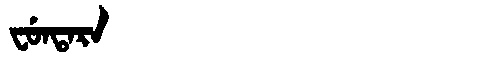
Manchu: ᠸᡠᠨᡨᠠᡵᠠ
Romanization: FUNTARA